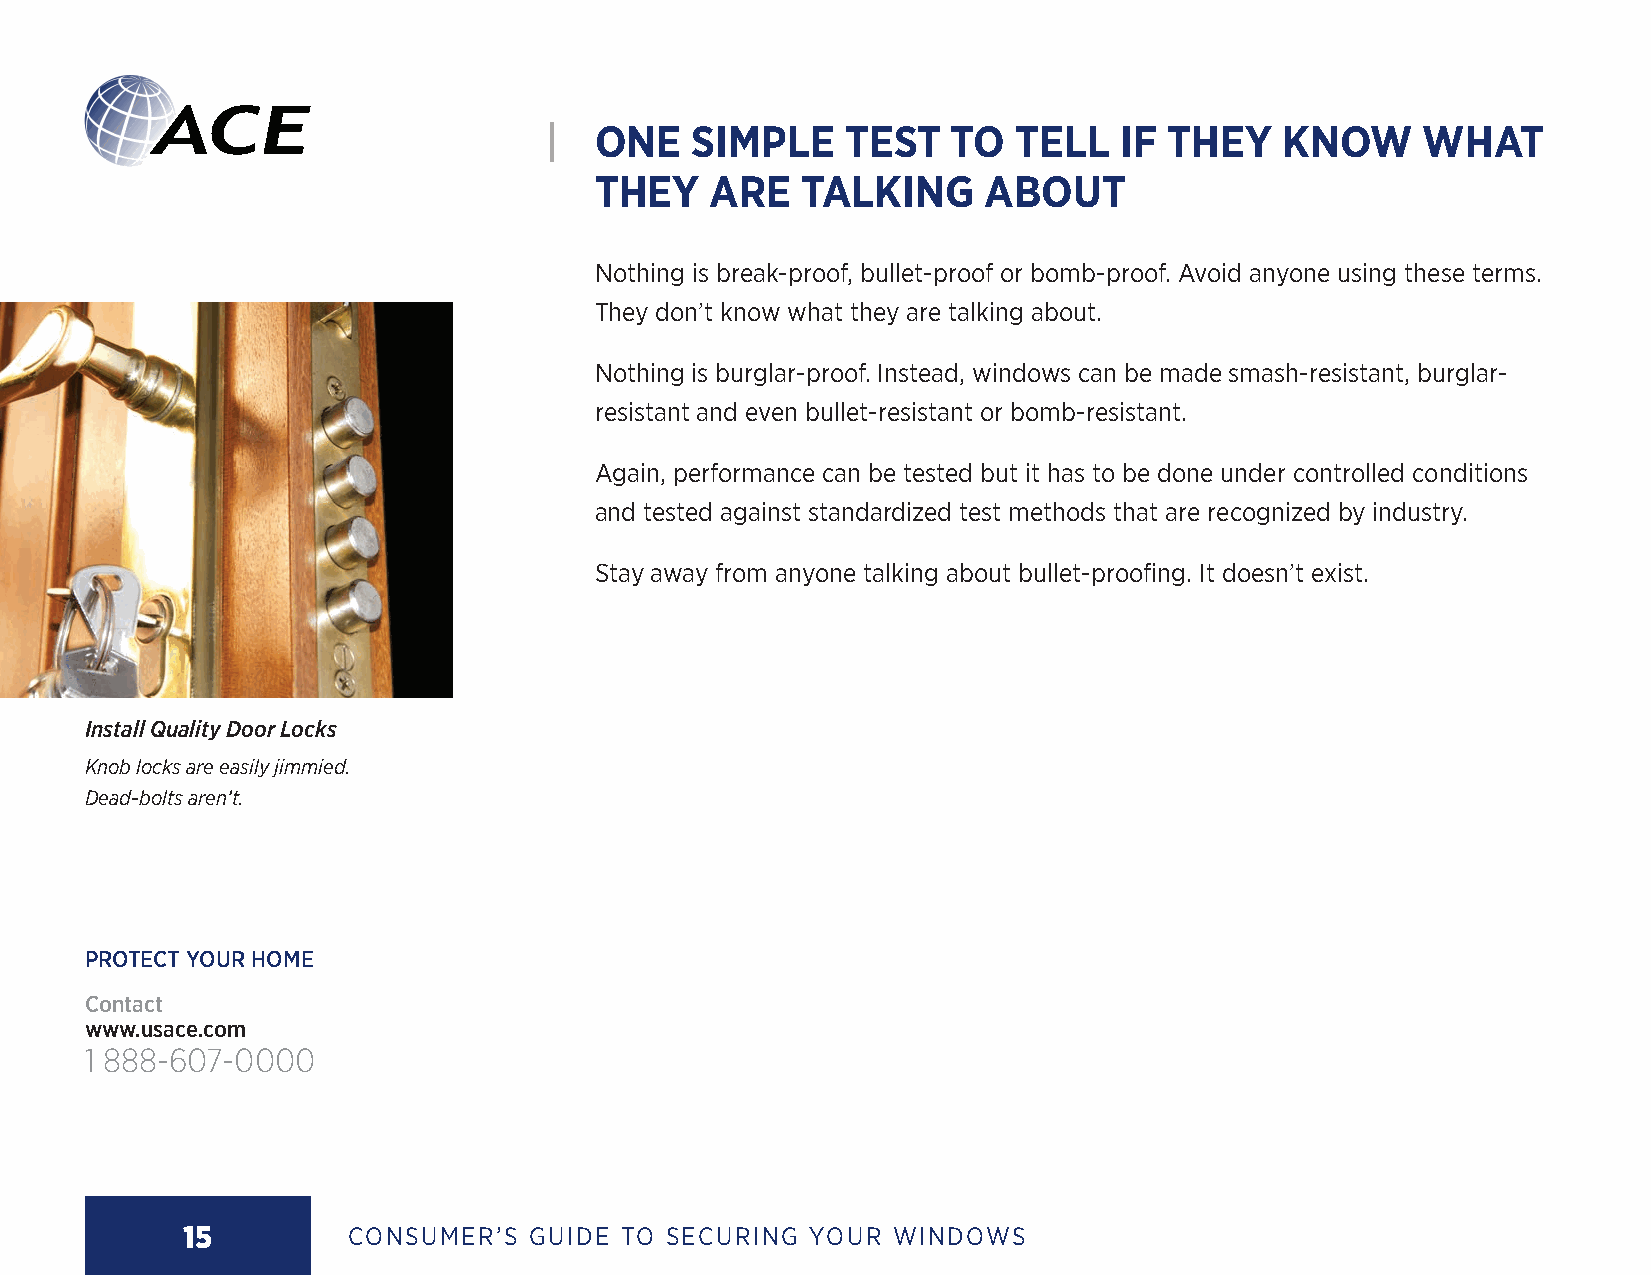
|  ONE    SIMPLE    TEST   TO  TELL   IF THEY    KNOW     WHAT
 THEY    ARE   TALKING     ABOUT
 Nothing is break-proof, bullet-proof or bomb-proof. Avoid anyone using these terms.
 They don’t know what they are talking about.
 Nothing is burglar-proof. Instead, windows can be made smash-resistant, burglar-
 resistant and even bullet-resistant or bomb-resistant.
 Again, performance can be tested but it has to be done under controlled conditions
 and tested against standardized test methods that are recognized by industry.
 Stay away from anyone talking about bullet-proofing. It doesn’t exist.
 Install Quality Door Locks
 Knob locks are easily jimmied.
 Dead-bolts aren’t.
 PROTECT YOUR HOME
 Contact
 www.usace.com
 1 888-607-0000
 15         CONSUMER’S  GUIDE TO SECURING YOUR  WINDOWS